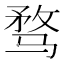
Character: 骛